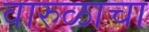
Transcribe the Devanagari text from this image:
वारुळाचा